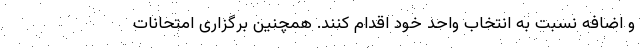
و اضافه نسبت به انتخاب واحد خود اقدام کنند. همچنین برگزاری امتحانات